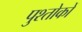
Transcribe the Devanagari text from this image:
पुश्तोकों